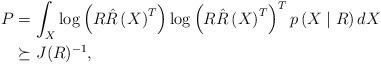
LaTeX: \begin{align*}P & =\int_X \log \left( R\hat R \left( X \right)^T \right) \log \left( R\hat R \left( X \right)^T \right)^T p \left( X \mid R \right) dX \\ & \succeq J(R)^{-1} ,\end{align*}